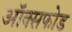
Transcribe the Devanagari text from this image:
ऑक्सफोड